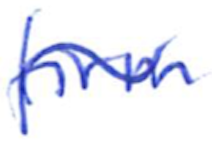
Text: firm
Cross-out: wave
Writing tool: ballpoint